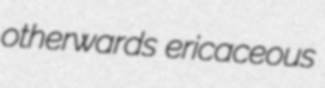
otherwards ericaceous